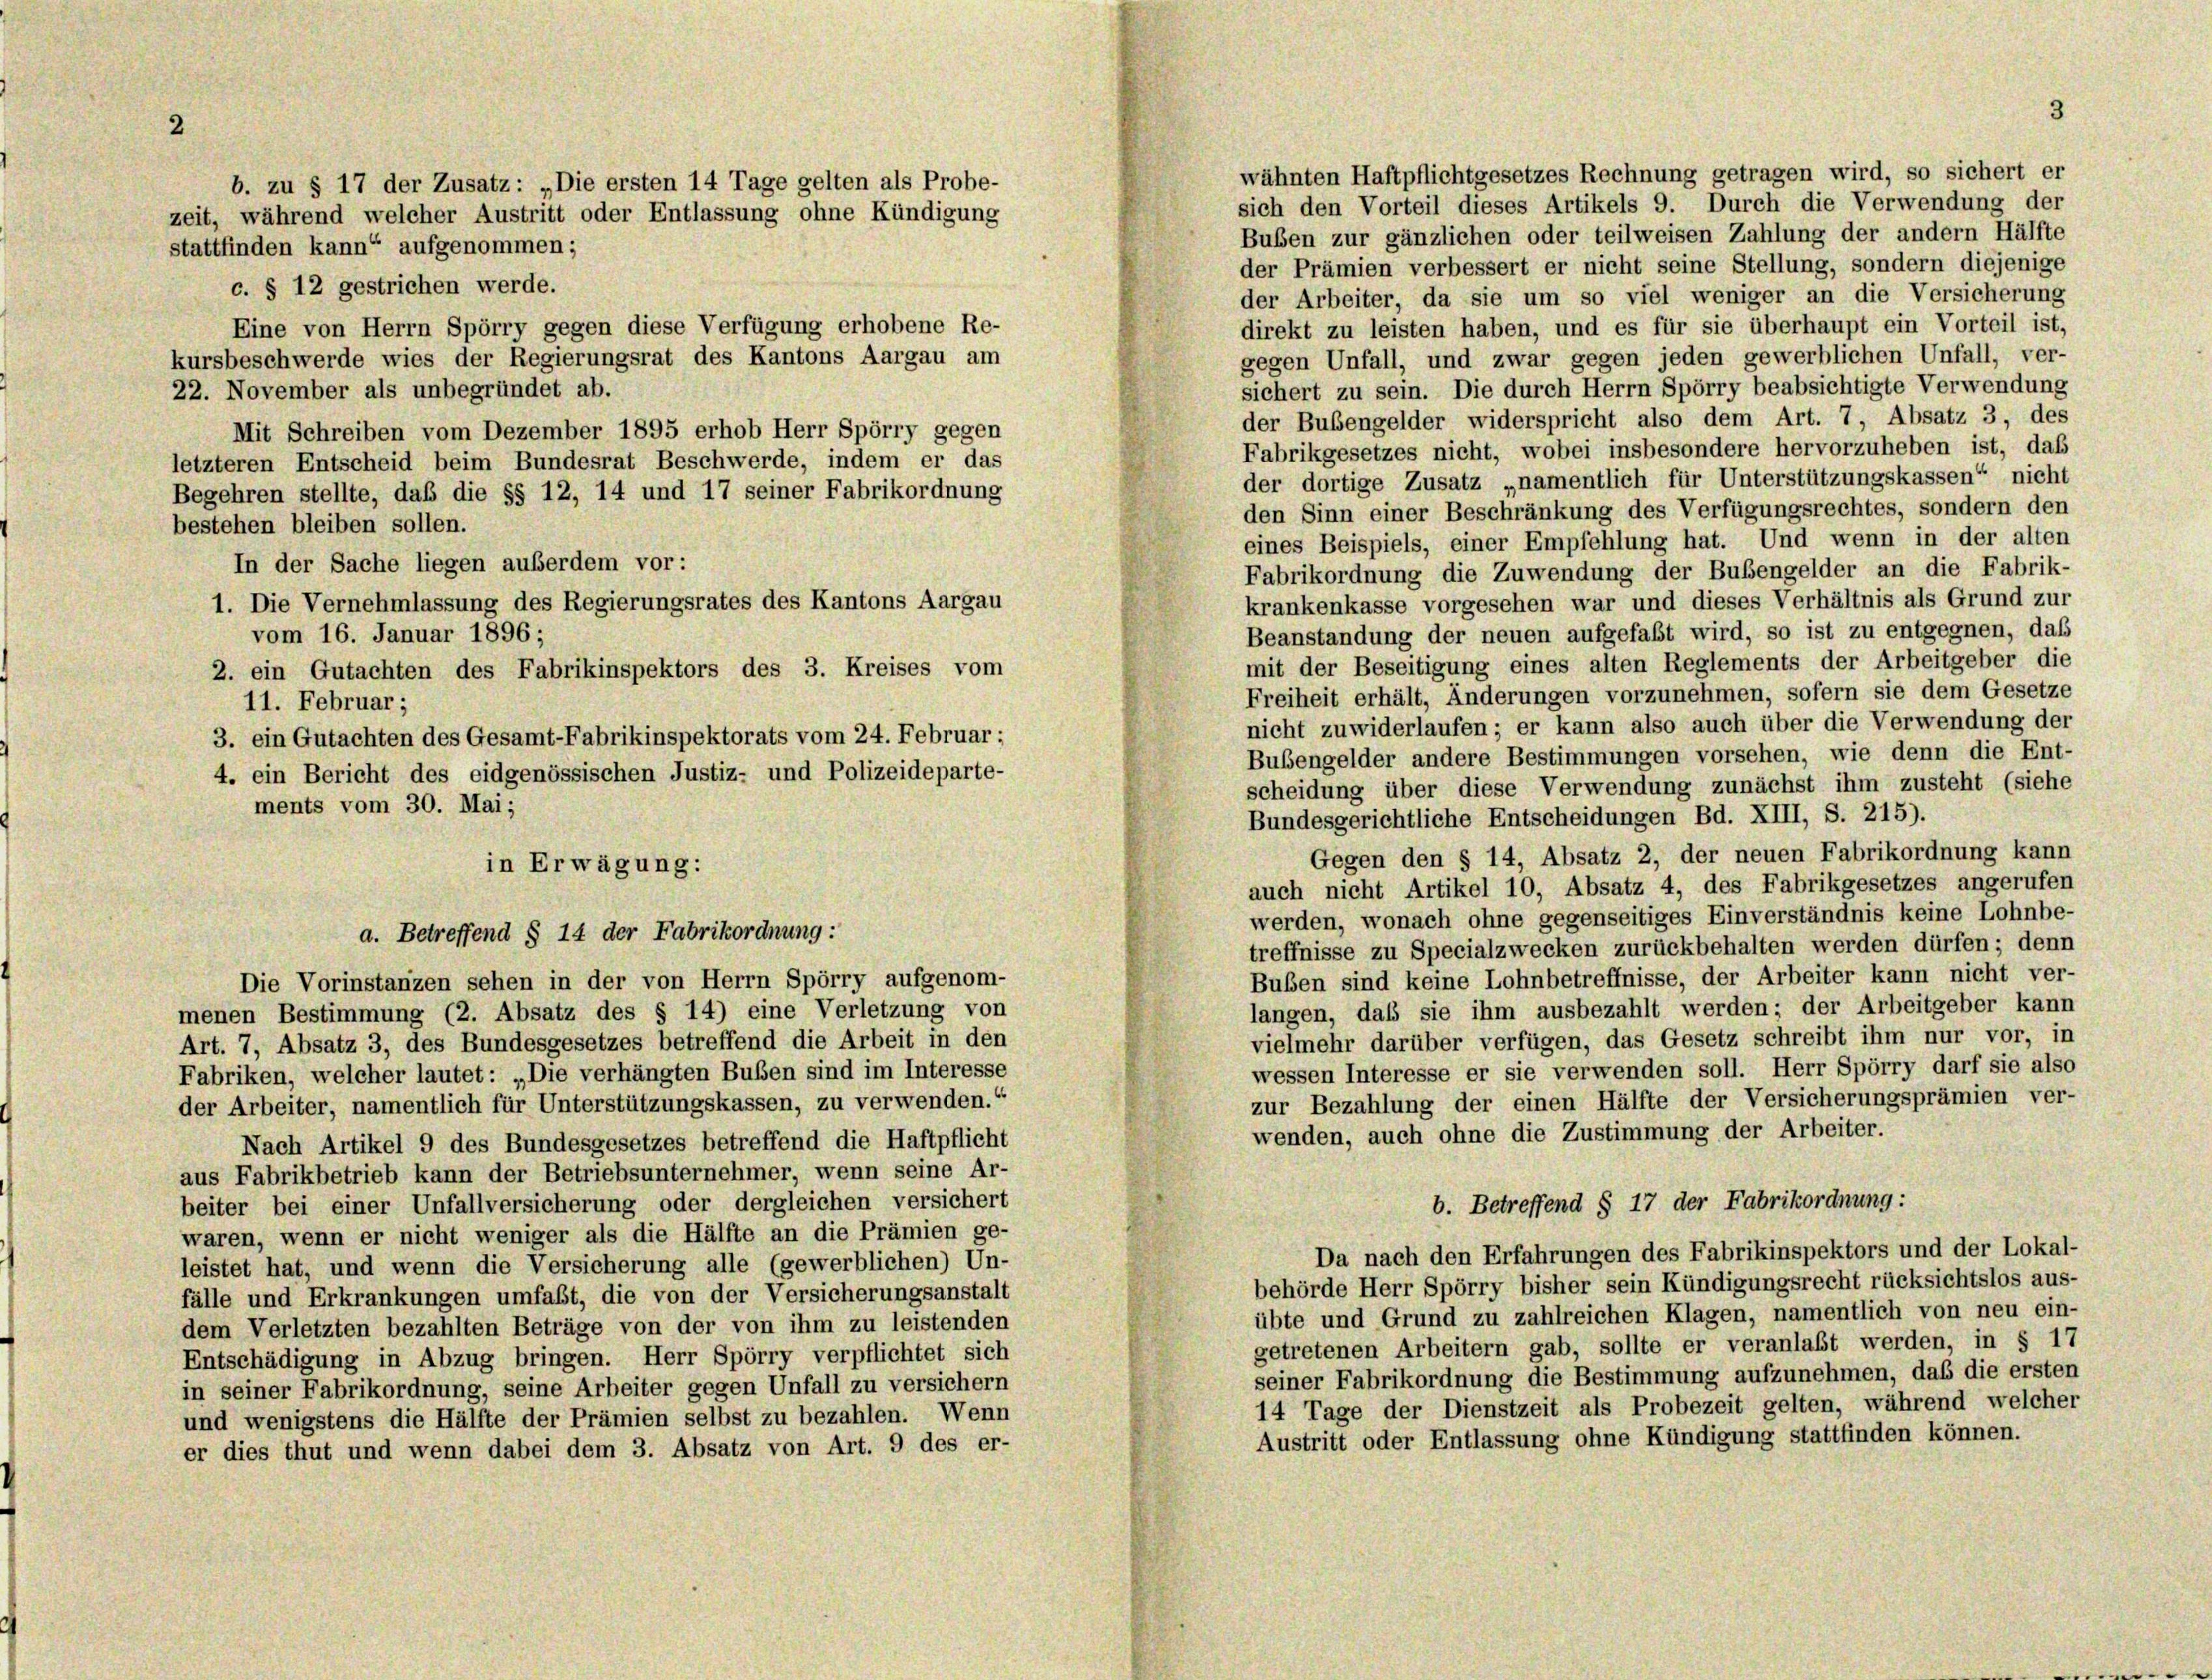
2

wähnten Haftpflichtgesetzes Rechnung getragen wird, so sichert er
sich den Vorteil dieses Artikels 9. Durch die Verwendung der
Buben zur gänzlichen oder teilweisen Zahlung der andern Hälfte
stattfinden kann“ aufgenommen;
der Prämien verbessert er nicht seine Stellung, sondern diejenige
c. § 12 gestrichen werde.
der Arbeiter, da sie um so viel weniger an die Versicherung
direkt zu leisten haben, und es für sie überhaupt ein Vorteil ist,
Eine von Herrn Spörry gegen diese Verfügung erhobene Re-
kursbeschwerde wies der Regierungsrat des Kantons Aargau am
gegen Unfall, und zwar gegen jeden gewerblichen Unfall, ver-
sichert zu sein. Die durch Herrn Spörry beabsichtigte Verwendung
22. November als unbegründet ab.
der Bubengelder widerspricht also dem Art. 7, Absatz 3, des
Mit Schreiben vom Dezember 1895 erhob Herr Spörry gegen
Fabrikgesetzes nicht, wobei insbesondere hervorzuheben ist, daß
letzteren Entscheid beim Bundesrat Beschwerde, indem er das
der dortige Zusatz „namentlich für Unterstützungskassen“ nicht
Begehren stellte, daß die §§ 12, 14 und 17 seiner Fabrikordnung
den Sinn einer Beschränkung des Verfügungsrechtes, sondern den
bestehen bleiben sollen.
eines Beispiels, einer Empfehlung hat. Und wenn in der alten
In der Sache liegen außerdem vor:
Fabrikordnung die Zuwendung der Bubengelder an die Fabrik-
krankenkasse vorgesehen war und dieses Verhältnis als Grund zur
1. Die Vernehmlassung des Regierungsrates des Kantons Aargau
Beanstandung der neuen aufgefaßt wird, so ist zu entgegnen, daß
vom 16. Januar 1896 ;
mit der Beseitigung eines alten Reglements der Arbeitgeber die
2. ein Gutachten des Fabrikinspektors des 3. Kreises vom
Freiheit erhält, Änderungen vorzunehmen, sofern sie dem Gesetze
11. Februar;
nicht zuwiderlaufen; er kann also auch über die Verwendung der
3. ein Gutachten des Gesamt-Fabrikinspektorats vom 24. Februar:
Bubengelder andere Bestimmungen vorsehen, wie denn die Ent-
4. ein Bericht des eidgenössischen Justiz- und Polizeideparte-
scheidung über diese Verwendung zunächst ihm zusteht (siehe
ments vom 30. Mai ;
Bundesgerichtliche Entscheidungen Bd. XIII, S. 215).
Gegen den § 14, Absatz 2, der neuen Fabrikordnung kann
in Erwägung:
auch nicht Artikel 10, Absatz 4, des Fabrikgesetzes angerufen
werden, wonach ohne gegenseitiges Einverständnis keine Lohnbe-
a. Betreffend § 14 der Fabrikordnung:
treffnisse zu Specialzwecken zurückbehalten werden dürfen; denn
Buben sind keine Lohnbetreffnisse, der Arbeiter kann nicht ver-
Die Vorinstanzen sehen in der von Herrn Spörry aufgenom-
langen, daß sie ihm ausbezahlt werden; der Arbeitgeber kann
menen Bestimmung (2. Absatz des § 14) eine Verletzung von
vielmehr darüber verfügen, das Gesetz schreibt ihm nur vor, in
Art. 7, Absatz 3, des Bundesgesetzes betreffend die Arbeit in den
wessen Interesse er sie verwenden soll. Herr Spörry darf sie also
Fabriken, welcher lautet: „Die verhängten Buben sind im Interesse
zur Bezahlung der einen Hälfte der Versicherungsprämien ver-
der Arbeiter, namentlich für Unterstützungskassen, zu verwenden.“
wenden, auch ohne die Zustimmung der Arbeiter.
Nach Artikel 9 des Bundesgesetzes betreffend die Haftpflicht
aus Fabrikbetrieb kann der Betriebsunternehmer, wenn seine Ar-
b. Betreffend § 17 der Fabrikordnung:
beiter bei einer Unfallversicherung oder dergleichen versichert
waren, wenn er nicht weniger als die Hälfte an die Prämien ge-
Da nach den Erfahrungen des Fabrikinspektors und der Lokal-
leistet hat, und wenn die Versicherung alle (gewerblichen) Un-
behörde Herr Spörry bisher sein Kündigungsrecht rücksichtslos aus-
fälle und Erkrankungen umfaßt, die von der Versicherungsanstalt
übte und Grund zu zahlreichen Klagen, namentlich von neu ein-
dem Verletzten bezahlten Beträge von der von ihm zu leistenden
getretenen Arbeitern gab, sollte er veranlaßt werden, in § 17
Entschädigung in Abzug bringen. Herr Spörry verpflichtet sich
seiner Fabrikordnung die Bestimmung aufzunehmen, daß die ersten
in seiner Fabrikordnung, seine Arbeiter gegen Unfall zu versichern
14 Tage der Dienstzeit als Probezeit gelten, während welcher
und wenigstens die Hälfte der Prämien selbst zu bezahlen. Wenn
Austritt oder Entlassung ohne Kündigung stattfinden können.
er dies thut und wenn dabei dem 3. Absatz von Art. 9 des er-

b. zu § 17 der Zusatz: „Die ersten 14 Tage gelten als Probe-
zeit, während welcher Austritt oder Entlassung ohne Kündigung

3